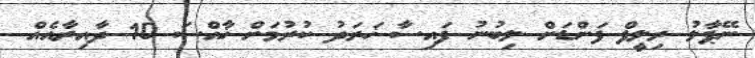
ނޭޕާލު ރިލީފް ފަންޑަށް ލިބުނު ފައިސާ ޚަރަދު ކުރުމަށް ޚާއްސަ 10 ދާއިރާއެއް